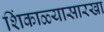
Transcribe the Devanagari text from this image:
शिंकाळ्यासारखा